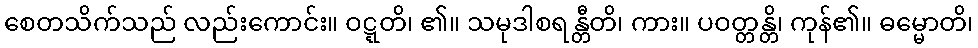
စေတသိက်သည် လည်းကောင်း။ ဝဋ္ဋတိ၊ ၏။ သမုဒါစရန္တီတိ၊ ကား။ ပဝတ္တန္တိ၊ ကုန်၏။ ဓမ္မောတိ၊